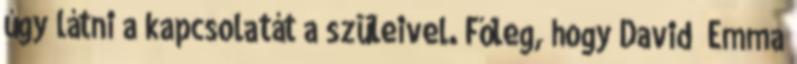
úgy látni a kapcsolatát a szüleivel. Főleg, hogy David Emma